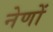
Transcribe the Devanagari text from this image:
नेणों